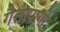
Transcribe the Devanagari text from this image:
गैलापागो